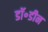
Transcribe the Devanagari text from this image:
डॉ॰डीन